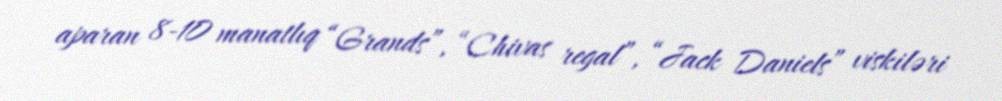
aparan 8-10 manatlıq “Grands”, “Chivas regal”, “Jack Daniels” viskiləri